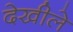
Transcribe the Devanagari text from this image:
देखीले